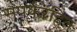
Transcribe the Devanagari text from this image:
संपर्करहित